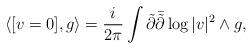
LaTeX: \begin{align*}\langle[v=0], g\rangle=\frac{i}{2\pi}\int\tilde\partial\bar{\tilde\partial}\log|v|^{2}\wedge g,\end{align*}